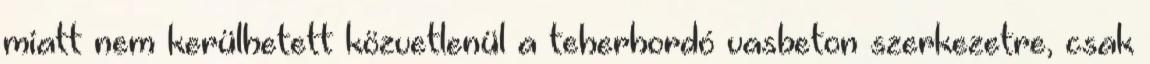
miatt nem kerülhetett közvetlenül a teherhordó vasbeton szerkezetre, csak